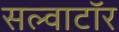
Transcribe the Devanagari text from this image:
सल्वाटॉर